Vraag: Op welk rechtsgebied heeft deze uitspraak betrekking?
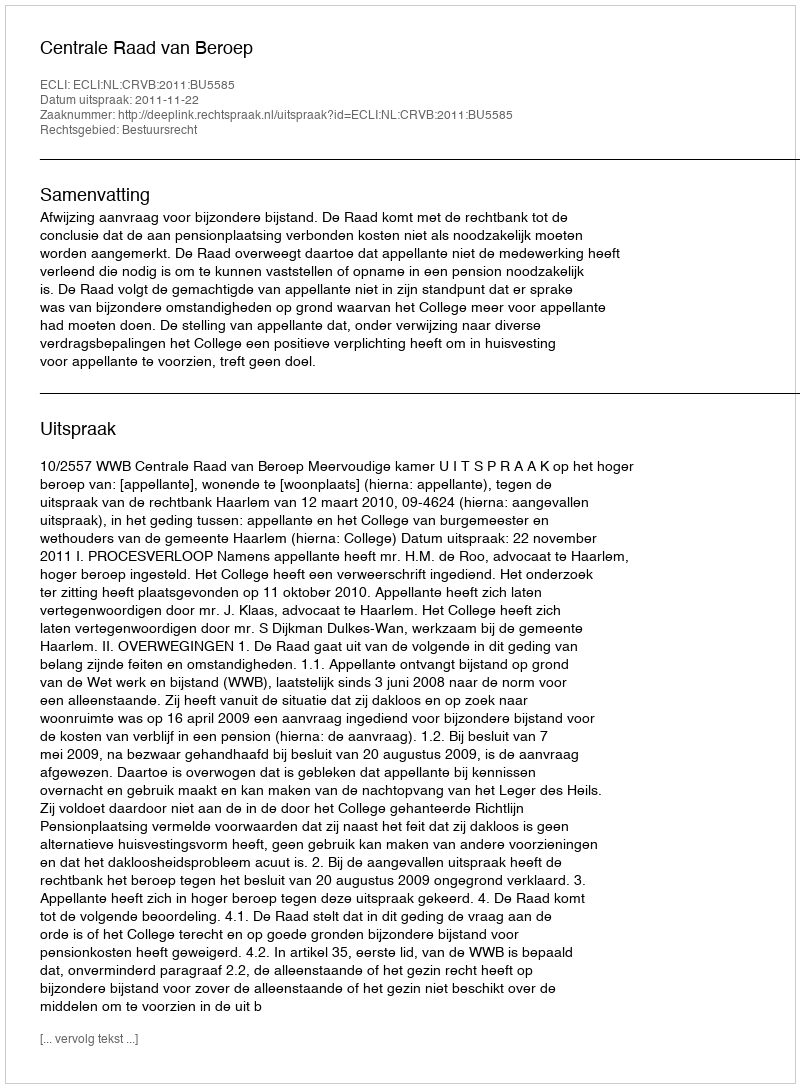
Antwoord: Bestuursrecht